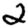
Digit: 2